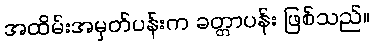
အထိမ်းအမှတ်ပန်းက ခတ္တာပန်း ဖြစ်သည်။